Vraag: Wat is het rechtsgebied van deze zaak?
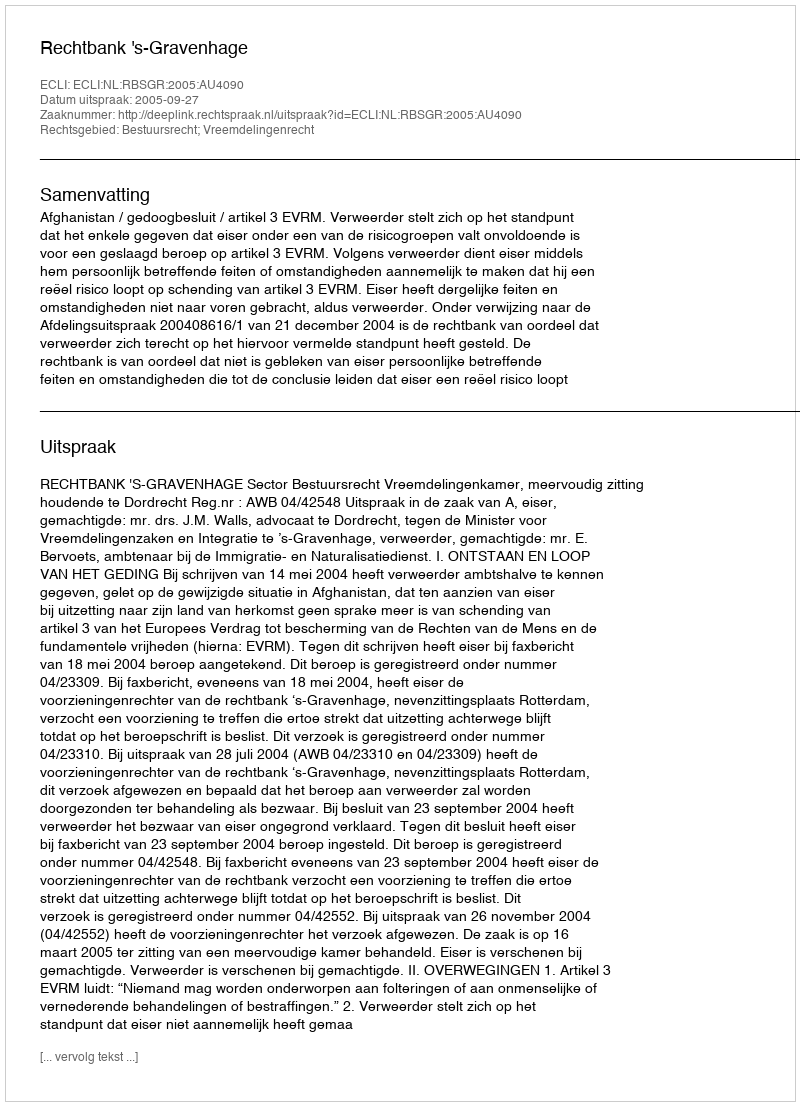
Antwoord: Bestuursrecht; Vreemdelingenrecht